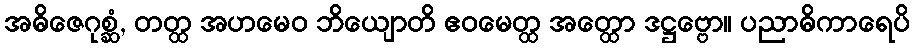
အဓိဇေဂုစ္ဆံ, တတ္ထ အဟမေဝ ဘိယျောတိ ဧဝမေတ္ထ အတ္ထော ဒဋ္ဌဗ္ဗော။ ပညာဓိကာရေပိ